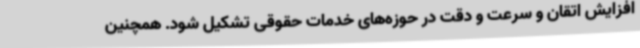
افزایش اتقان و سرعت و دقت در حوزه‌های خدمات حقوقی تشکیل شود. همچنین